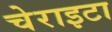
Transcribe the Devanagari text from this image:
चेराइटा